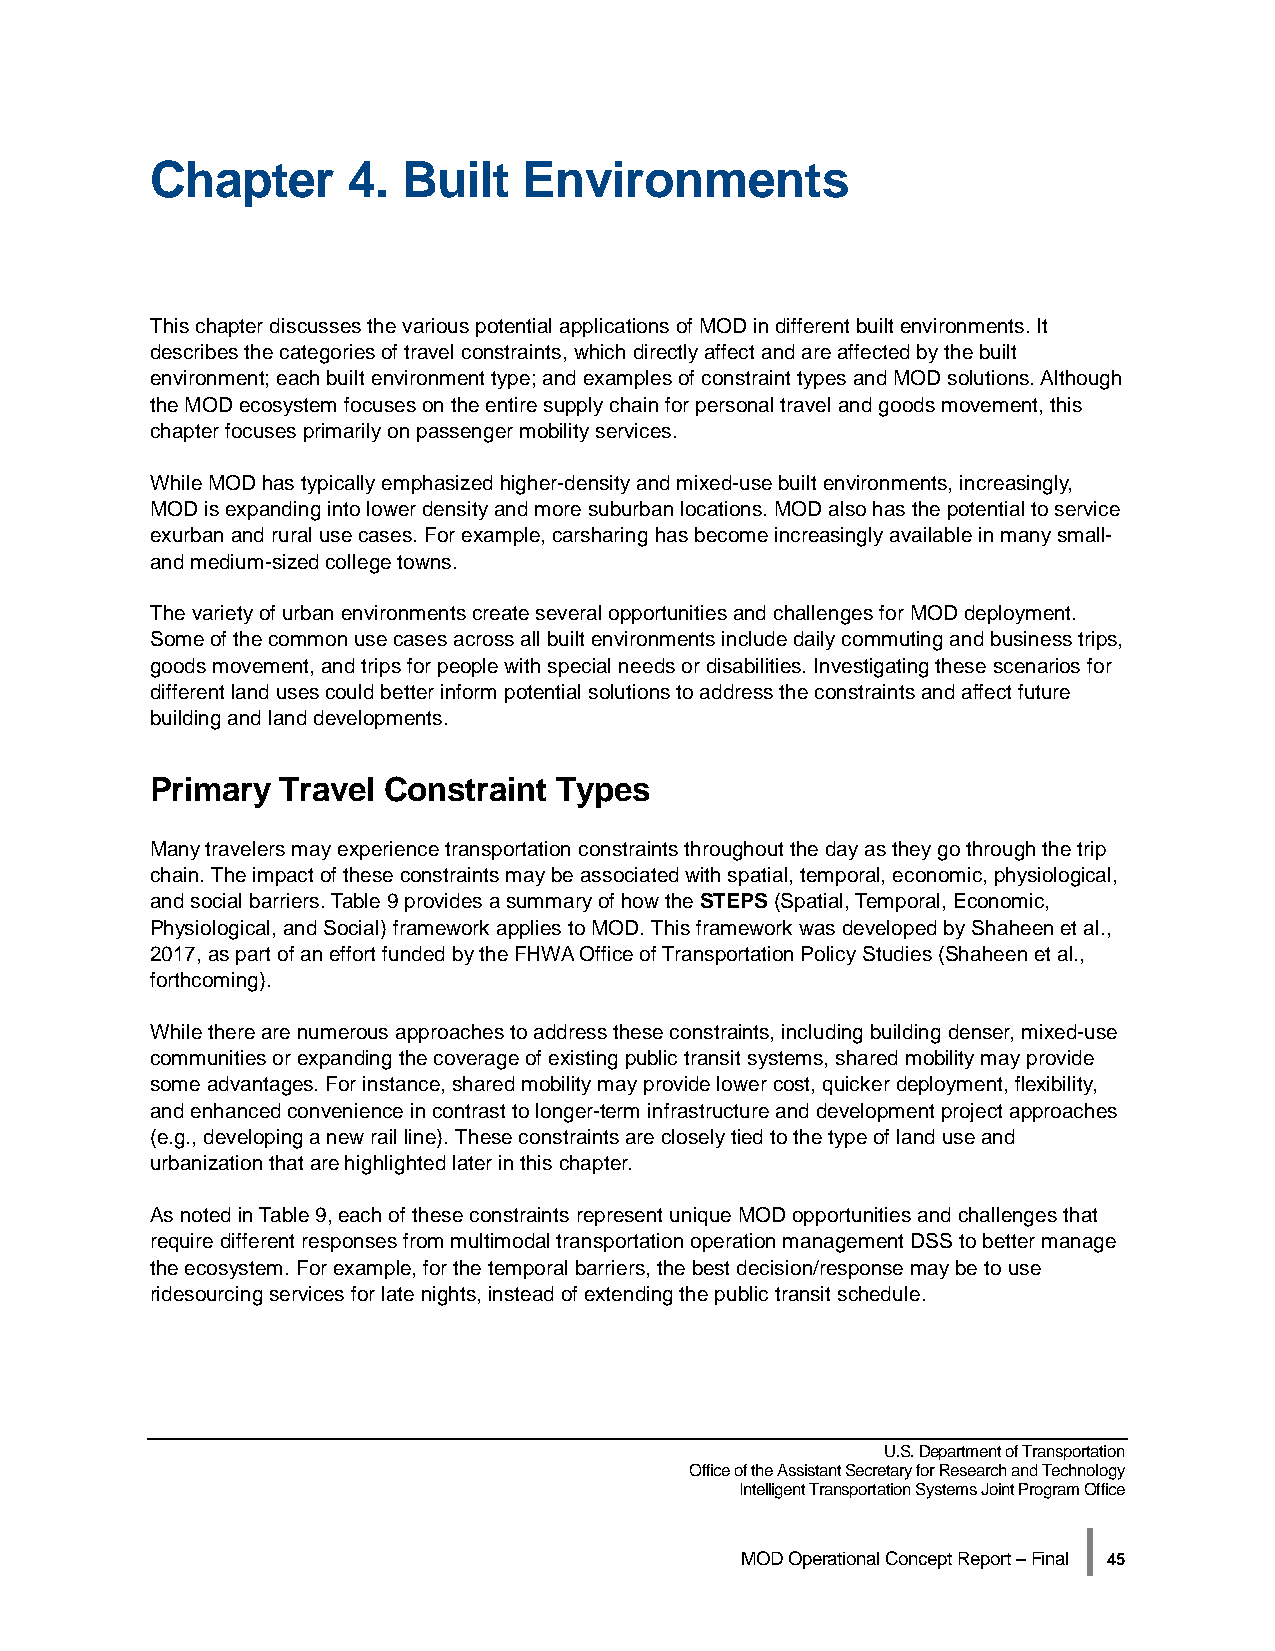
Chapter      4.  Built   Environments
 This chapter discusses the various potential applications of MOD in different built environments. It
 describes the categories of travel constraints, which directly affect and are affected by the built
 environment; each built environment type; and examples of constraint types and MOD solutions. Although
 the MOD ecosystem focuses on the entire supply chain for personal travel and goods movement, this
 chapter focuses primarily on passenger mobility services.
 While MOD has typically emphasized higher-density and mixed-use built environments, increasingly,
 MOD is expanding into lower density and more suburban locations. MOD also has the potential to service
 exurban and rural use cases. For example, carsharing has become increasingly available in many small-
 and medium-sized college towns.
 The variety of urban environments create several opportunities and challenges for MOD deployment.
 Some of the common use cases across all built environments include daily commuting and business trips,
 goods movement, and trips for people with special needs or disabilities. Investigating these scenarios for
 different land uses could better inform potential solutions to address the constraints and affect future
 building and land developments.
 Primary  Travel Constraint Types
 Many travelers may experience transportation constraints throughout the day as they go through the trip
 chain. The impact of these constraints may be associated with spatial, temporal, economic, physiological,
 and social barriers. Table 9 provides a summary of how the STEPS (Spatial, Temporal, Economic,
 Physiological, and Social) framework applies to MOD. This framework was developed by Shaheen et al.,
 2017, as part of an effort funded by the FHWA Office of Transportation Policy Studies (Shaheen et al.,
 forthcoming).
 While there are numerous approaches to address these constraints, including building denser, mixed-use
 communities or expanding the coverage of existing public transit systems, shared mobility may provide
 some advantages. For instance, shared mobility may provide lower cost, quicker deployment, flexibility,
 and enhanced convenience in contrast to longer-term infrastructure and development project approaches
 (e.g., developing a new rail line). These constraints are closely tied to the type of land use and
 urbanization that are highlighted later in this chapter.
 As noted in Table 9, each of these constraints represent unique MOD opportunities and challenges that
 require different responses from multimodal transportation operation management DSS to better manage
 the ecosystem. For example, for the temporal barriers, the best decision/response may be to use
 ridesourcing services for late nights, instead of extending the public transit schedule.
 U.S. Department of Transportation
 Office of the Assistant Secretary for Research and Technology
 Intelligent Transportation Systems Joint Program Office
 |
 MOD Operational Concept Report – Final 45